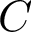
{ \cal C }